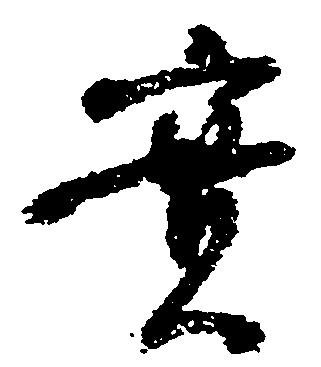
実